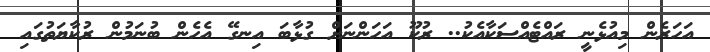
އަހަރެން މިއުޅެނީ ރައްޓެއްސަކާއެކު.. ރުކޫ އަހަންނަށް ގުޅާބަ އިނގޭ އެހެން ބުނަމުން ރުކާޔަތުގައި